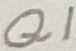
Text: Q1